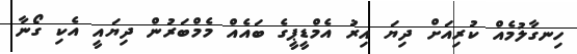
ހިނގާލުމެއް ކުރިއަށް ދިޔަ އިރު އެމްޑީޕީގެ ބައެއް މެމްބަރުން ދިޔައީ އެކި ގޯނާ